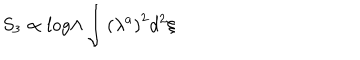
S _ { 3 } \propto l o g \Lambda \int { \left( \lambda ^ { a } \right) ^ { 2 } d ^ { 2 } \xi }